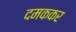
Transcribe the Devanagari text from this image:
दमककर